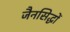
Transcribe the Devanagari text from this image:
जैनसिद्धों